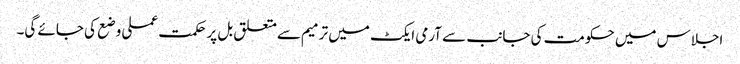
اجلاس میں حکومت کی جانب سے آرمی ایکٹ میں ترمیم سےمتعلق بل پرحکمت عملی وضع کی جائے گی۔